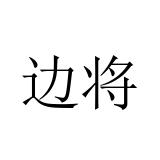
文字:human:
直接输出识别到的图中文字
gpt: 边将